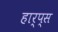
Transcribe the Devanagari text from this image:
हार्प्स